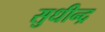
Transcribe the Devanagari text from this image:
सुधीन्द्र